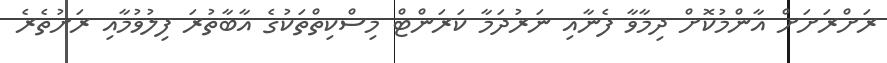
ރަށްރަށަށް އާންމުކޮށް ދިމާވާ ފެނާއި ނަރުދަމާ ކަރަންޓް މިސްކިތްތަކުގެ އާބާތުރަ ފިލުވުމާއި ރަށުތެރެ